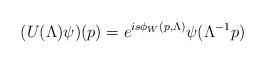
LaTeX: \begin{align*}(U(\Lambda)\psi)(p)=e^{is\phi_W(p,\Lambda)} \psi(\Lambda^{-1}p)\end{align*}